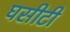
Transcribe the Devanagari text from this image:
घसीटी